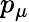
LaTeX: p_{\mu}